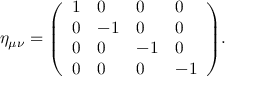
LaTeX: \eta _ { \mu \nu } = { \left( \begin{array} { l l l l } { 1 } & { 0 } & { 0 } & { 0 } \\ { 0 } & { - 1 } & { 0 } & { 0 } \\ { 0 } & { 0 } & { - 1 } & { 0 } \\ { 0 } & { 0 } & { 0 } & { - 1 } \end{array} \right) } .